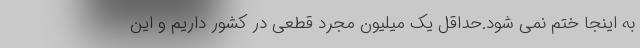
به اینجا ختم نمی شود.حداقل یک میلیون مجرد قطعی در کشور داریم و این